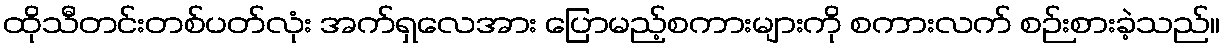
ထိုသီတင်းတစ်ပတ်လုံး အက်ရှလေအား ပြောမည့်စကားများကို စကားလက် စဉ်းစားခဲ့သည်။